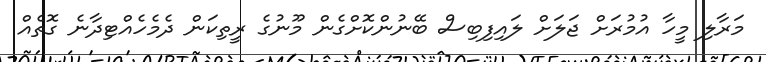
މަރާލި މީހާ އުމުރަށް ޖަލަށް ލައިފިބިސް ބޭނުންކޮށްގެން މޫނުގެ ރީތިކަން ދެމެހެއްޓިދާނެ ގޮތެއް